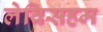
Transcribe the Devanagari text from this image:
लेविसहम